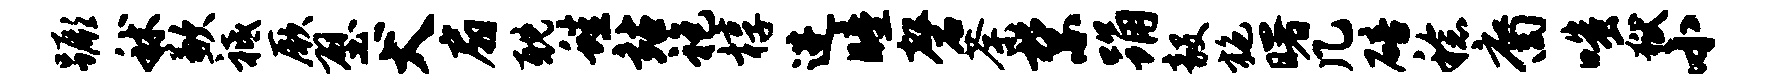
蹶秫歉祗厥壁犬扇耽蛙站袍椁进瞳磬荼禁踊毅施曙几碚稔裔嗤狱小